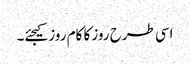
اسی طرح روز کا کام روز کیجئے۔